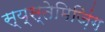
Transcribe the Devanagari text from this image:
स्य्स्तेमिज़िंग